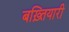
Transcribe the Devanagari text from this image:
बख़्तियारी